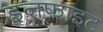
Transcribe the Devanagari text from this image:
इनफाइट